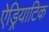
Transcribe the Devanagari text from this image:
ऐड्रियाटिक